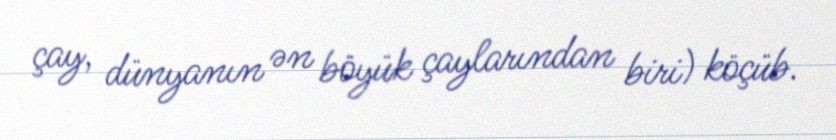
çay, dünyanın ən böyük çaylarından biri) köçüb.